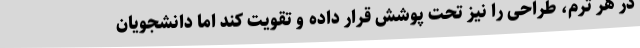
در هر ترم، طراحی را نیز تحت پوشش قرار داده و تقویت کند اما دانشجویان